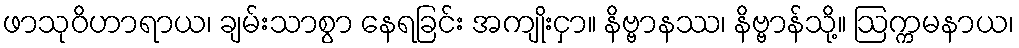
ဖာသုဝိဟာရာယ၊ ချမ်းသာစွာ နေရခြင်း အကျိုးငှာ။ နိဗ္ဗာနဿ၊ နိဗ္ဗာန်သို့။ ဩက္ကမနာယ၊